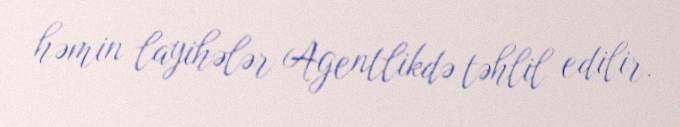
həmin layihələr Agentlikdə təhlil edilir.